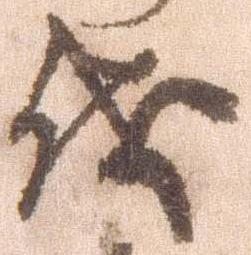
儀